Annual vaccination report of Bihar and Orissa - 1911-1928
Year: 1911
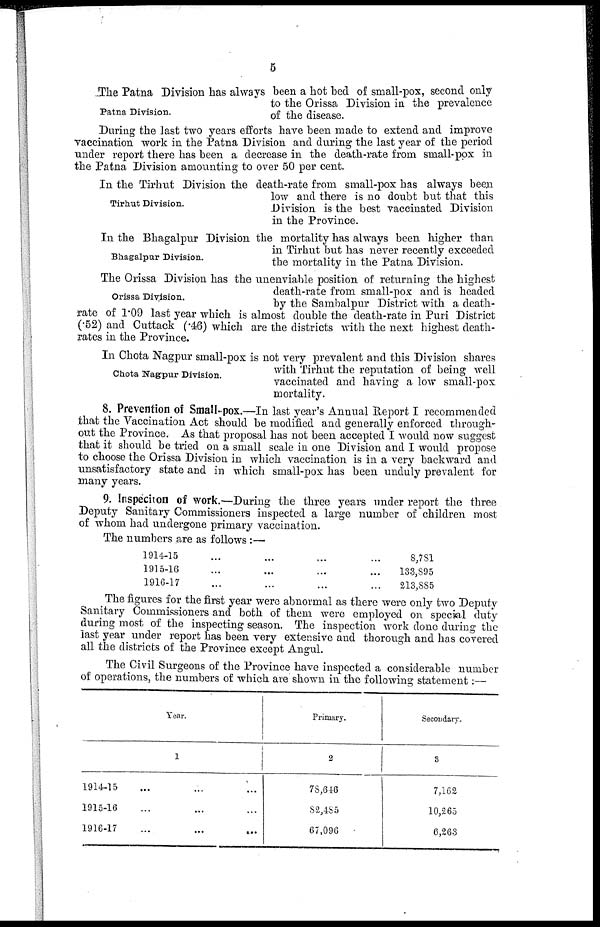
5
Patna Division.
The Patna Division has always been a hot bed of small-pox, second only
to the Orissa Division in the prevalence
of the disease.
During the last two years efforts have been made to extend and improve
vaccination work in the Patna Division and during the last year of the period
under report there has been a decrease in the death-rate from small-pox in
the Patna Division amounting to over 50 per cent.
Tirhut Division.
In the Tirhut Division the death-rate from small-pox has always been
low and there is no doubt but that this
Division is the best vaccinated Division
in the Province.
Bhagalpur Division.
In the Bhagalpur Division the mortality has always been higher than
in Tirhut but has never recently exceeded
the mortality in the Patna Division.
Orissa Division.
The Orissa Division has the unenviable position of returning the highest
death-rate from small-pox and is headed
by the Sambalpur District with a death-
rate of 1.09 last year which is almost double the death-rate in Puri District
(.52) and Cuttack (.46) which are the districts with the next highest death-
rates in the Province.
Chota Nagpur Division.
In Chota Nagpur small-pox is not very prevalent and this Division shares
with Tirhut the reputation of being well
vaccinated and having a low small-pox
mortality.
8. Prevention of Small-pox.—In last year's Annual Report I recommended
that the Vaccination Act should be modified and generally enforced through-
out the Province. As that proposal has not been accepted I would now suggest
that it should be tried on a small scale in one Division and I would propose
to choose the Orissa Division in which vaccination is in a very backward and
unsatisfactory state and in which small-pox has been unduly prevalent for
many years.
9. Inspeciton of work.—During the three years under report the three
Deputy Sanitary Commissioners inspected a large number of children most
of whom had undergone primary vaccination.
The numbers are as follows:—
1914-15 ... ... ... ...
1915-16 ... ... ... ...
1916-17 ... ... ... ...
8,781
133,895
213,885
The figures for the first year were abnormal as there were only two Deputy
Sanitary Commissioners and both of them were employed on special duty
during most of the inspecting season. The inspection work done during the
last year under report has been very extensive and thorough and has covered
all the districts of the Province except Angul.
The Civil Surgeons of the Province have inspected a considerable number
of operations, the numbers of which are shown in the following statement:—
Year.
1
1914-15 ... ... ...
1915-16 ... ... ...
1916-17 ... ... ...
Primary.
2
78,646
82,485
67,096
Secondary.
3
7,162
10,265
6,263